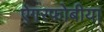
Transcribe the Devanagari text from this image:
ऐगरफोबीया